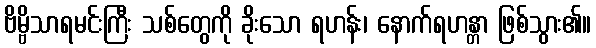
ဗိမ္ဗိသာရမင်းကြီး သစ်တွေကို ခိုးသော ရဟန်း၊ နောက်ရဟန္တာ ဖြစ်သွား၏။